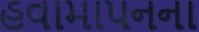
હવામાપનના